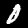
Label: 0